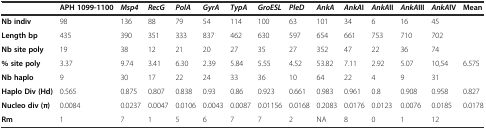
<table><thead><tr><td></td><td><b>APH 1099-1100</b></td><td><b><i>Msp4</i></b></td><td><b><i>RecG</i></b></td><td><b><i>PolA</i></b></td><td><b><i>GyrA</i></b></td><td><b><i>TypA</i></b></td><td><b><i>GroESL</i></b></td><td><b><i>PleD</i></b></td><td><b><i>AnkA</i></b></td><td><b><i>AnkA</i>I</b></td><td><b><i>AnkA</i>II</b></td><td><b><i>AnkA</i>III</b></td><td><b><i>AnkA</i>IV</b></td><td><b>Mean</b></td></tr></thead><tbody><tr><td><b>Nb indiv</b></td><td>98</td><td>136</td><td>88</td><td>79</td><td>54</td><td>114</td><td>100</td><td>63</td><td>101</td><td>34</td><td>6</td><td>16</td><td>45</td><td></td></tr><tr><td><b>Length bp</b></td><td>435</td><td>390</td><td>351</td><td>333</td><td>837</td><td>462</td><td>630</td><td>597</td><td>654</td><td>661</td><td>753</td><td>710</td><td>702</td><td></td></tr><tr><td><b>Nb site poly</b></td><td>19</td><td>38</td><td>12</td><td>21</td><td>20</td><td>27</td><td>35</td><td>27</td><td>352</td><td>47</td><td>22</td><td>36</td><td>74</td><td></td></tr><tr><td><b>% site poly</b></td><td>3.37</td><td>9.74</td><td>3.41</td><td>6.30</td><td>2.39</td><td>5.84</td><td>5.55</td><td>4.52</td><td>53.82</td><td>7.11</td><td>2.92</td><td>5.07</td><td>10,54</td><td>6.575</td></tr><tr><td><b>Nb haplo</b></td><td>9</td><td>30</td><td>17</td><td>22</td><td>24</td><td>33</td><td>36</td><td>10</td><td>64</td><td>22</td><td>4</td><td>9</td><td>31</td><td></td></tr><tr><td><b>Haplo Div (Hd)</b></td><td>0.565</td><td>0.875</td><td>0.807</td><td>0.838</td><td>0.93</td><td>0.86</td><td>0.923</td><td>0.661</td><td>0.983</td><td>0.961</td><td>0.8</td><td>0.908</td><td>0.958</td><td>0.827</td></tr><tr><td><b>Nucleo div (π)</b></td><td>0.0084</td><td>0.0237</td><td>0.0047</td><td>0.0106</td><td>0.0043</td><td>0.0087</td><td>0.01156</td><td>0.0168</td><td>0.2083</td><td>0.0176</td><td>0.0123</td><td>0.0076</td><td>0.0185</td><td>0.0178</td></tr><tr><td><b>Rm</b></td><td>1</td><td>7</td><td>1</td><td>5</td><td>6</td><td>7</td><td>7</td><td>2</td><td>NA</td><td>8</td><td>0</td><td>1</td><td>12</td><td></td></tr></tbody></table>